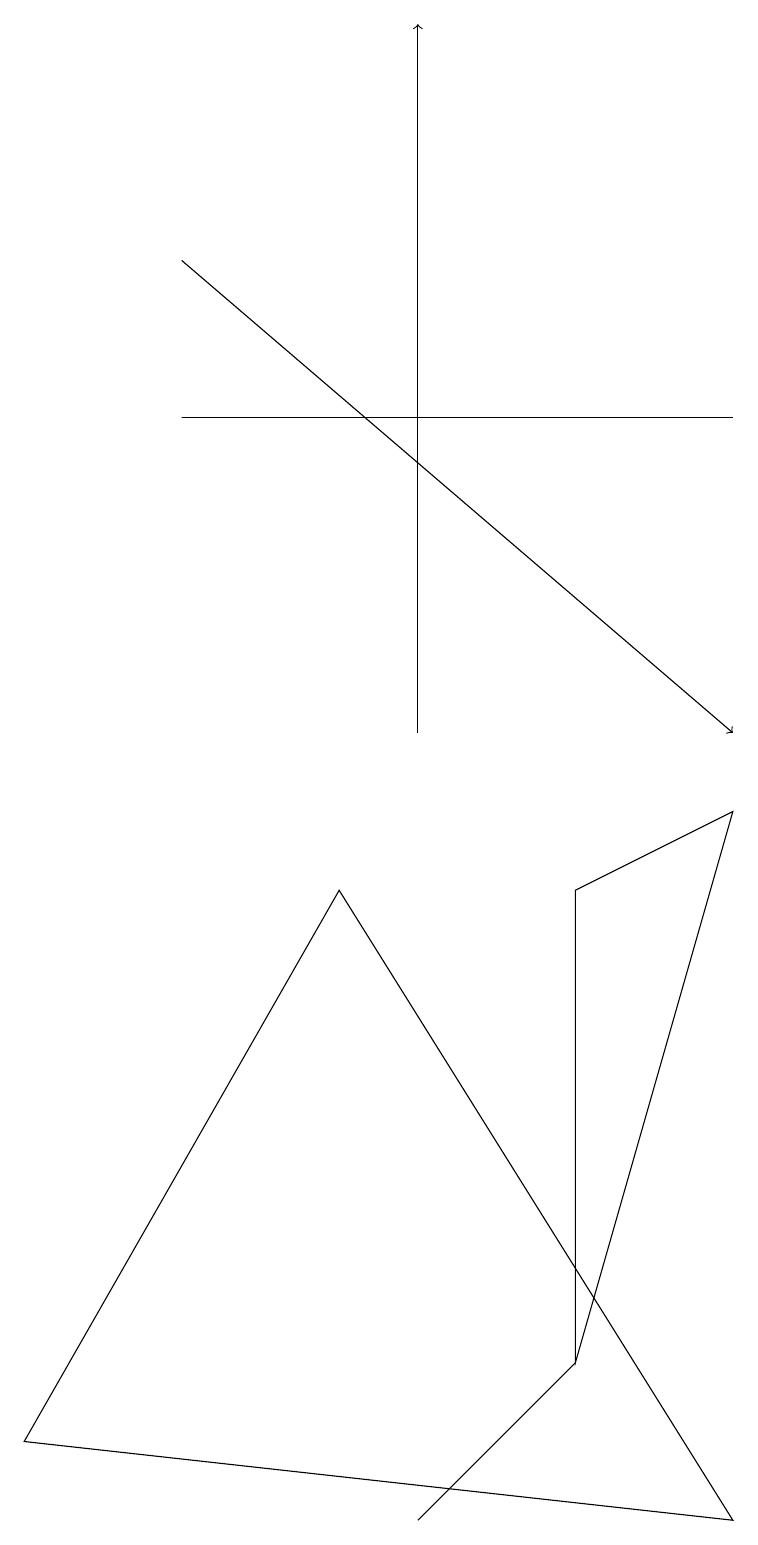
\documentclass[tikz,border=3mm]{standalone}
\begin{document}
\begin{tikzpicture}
\draw[->] (5,10) -- (5,19);
\draw (4,8) -- (0,1) -- (9,0) -- cycle;
\draw (9,9) -- (7,8) -- (7,2) -- cycle;
\draw (2,14) rectangle (9,14);
\draw (5,0) -- (7,2) -- (5,0) -- cycle;
\draw[->] (2,16) -- (9,10);
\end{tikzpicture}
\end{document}